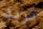
تريد